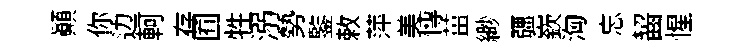
顚你边軻存囿牲溺勢鍳敕萍美慱薑緲疆嶔洶忘齧惺